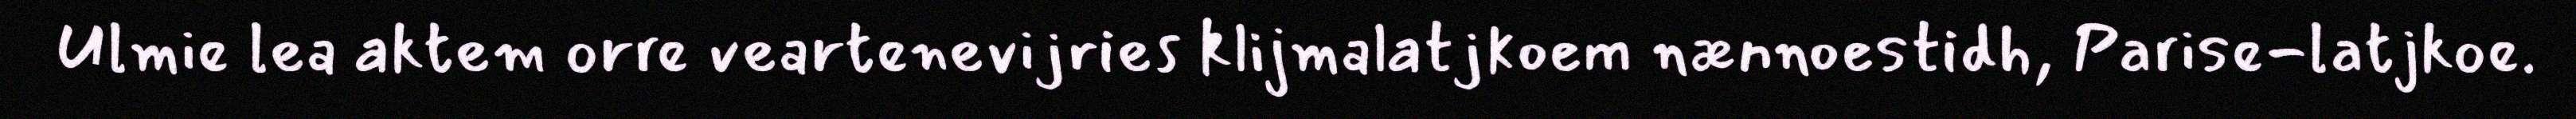
Ulmie lea aktem orre veartenevijries klijmalatjkoem nænnoestidh, Parise-latjkoe.